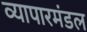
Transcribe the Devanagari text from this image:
व्यापारमंडल